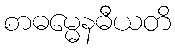
စာဓမ္မေနဓီယတိ